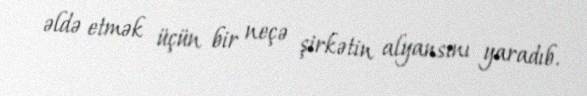
əldə etmək üçün bir neçə şirkətin alyansını yaradıb.